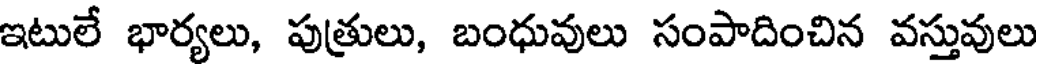
ఇటులే భార్యలు, పుత్రులు, బంధువులు సంపాదించిన వస్తువులు